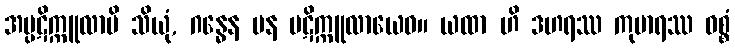
အပ္ပဋိက္ကူလာပိ သိယုံ, ဂန္ဓေန ပန ပဋိက္ကူလာယေဝ။ ယထာ ဟိ ဒဟရဿ ကုမာရဿ ဝစ္စံ